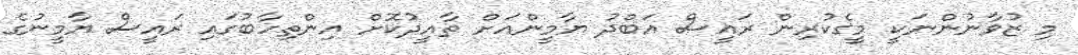
މި ޒުވާނުންނަކީ މީގެކުރިން ރައީސް އަބްދު ޔާމީންއަށް ތާއީދުކޮށް އިންތިހާބުގައި ރައީސް ޔާމީނުގެ